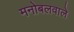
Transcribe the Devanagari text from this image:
मनोबलवाले